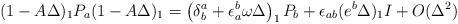
\begin{align*}(1-A\Delta)_1P_a(1-A\Delta)_1 = \left(\delta^a_b + \epsilon_a^b\omega\Delta\right)_1P_b +\epsilon_{ab}(e^b\Delta)_1I + O(\Delta^2)\end{align*}